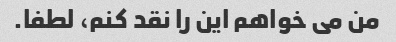
من می خواهم این را نقد کنم، لطفا.